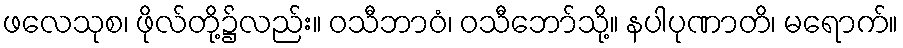
ဖလေသုစ၊ ဖိုလ်တို့၌လည်း။ ဝသီဘာဝံ၊ ဝသီဘော်သို့။ နပါပုဏာတိ၊ မရောက်။